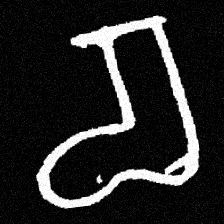
Pyu character \u2014 Myanmar letter: စ (romanized: ca)